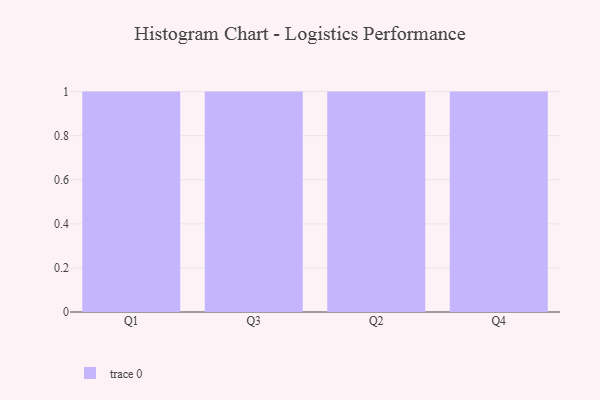
{"axis": {"x": "Quarter", "y": "Shipments"}, "legend": [""], "data": [{"x": "Q1", "y": 16, "type": ""}, {"x": "Q3", "y": 83, "type": ""}, {"x": "Q2", "y": 36, "type": ""}, {"x": "Q4", "y": 43, "type": ""}]}